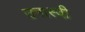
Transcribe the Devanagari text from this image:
उनास्वी